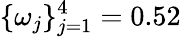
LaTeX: \{ \omega_{j}\} _{j=1}^{4}=0.52